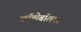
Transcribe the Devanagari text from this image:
कॉन्मेबॉलवर